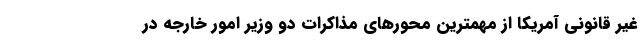
غیر قانونی آمریکا از مهمترین محور‌های مذاکرات دو وزیر امور خارجه در